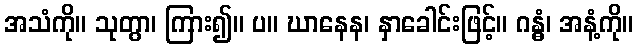
အသံကို။ သုတွာ၊ ကြား၍။ ပ။ ဃာနေန၊ နှာခေါင်းဖြင့်။ ဂန္ဓံ၊ အနံ့ကို။